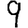
Digit: 9